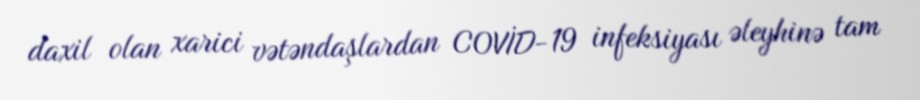
daxil olan xarici vətəndaşlardan COVİD-19 infeksiyası əleyhinə tam